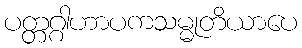
ပတ္တဂ္ဂါဟာပကသမ္မုတိယာပေ